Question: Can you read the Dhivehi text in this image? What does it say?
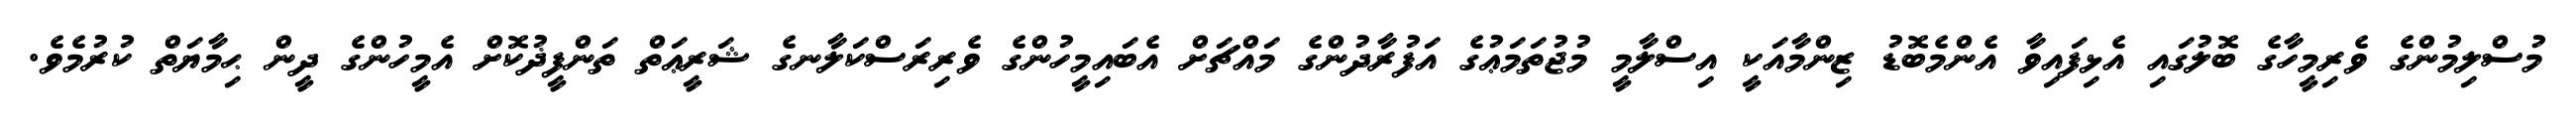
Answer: މުސްލިމުންގެ ވެރިމީހާގެ ބޮލުގައި އެޅިފައިވާ އެންމެބޮޑު ޒިންމާއަކީ އިސްލާމީ މުޖުތަމަޢުގެ އަފުރާދުންގެ މައްޗަށް އެބައިމީހުންގެ ވެރިރަސްކަލާނގެ ޝަރީޢަތް ތަންފީޛުކޮށް އެމީހުންގެ ދީން ޙިމާޔަތް ކުރުމެވެ.